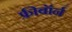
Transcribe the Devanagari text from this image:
फ्रीबॉर्न